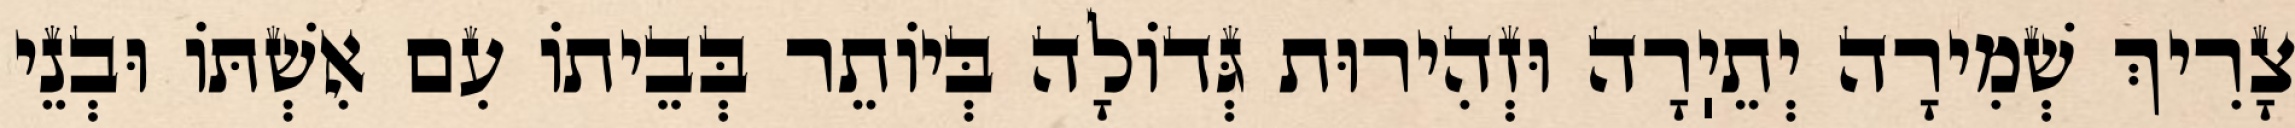
צָרִיךְ שְׁמִירָה יְתֵיֽרָה וּזְהִירוּת גְּדוֹלָה בְּיוֹתֵר בְּבֵיתוֹ עִם אִשְׁתּוֹ וּבְנֵי